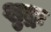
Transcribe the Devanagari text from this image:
शुद्रः